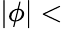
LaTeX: \vert\phi\vert<